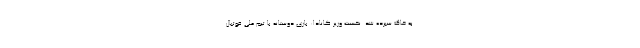
به خاک سپرده شد. نخست وزیر کانادا: بازی دوستانه با تیم ملی فوتبال